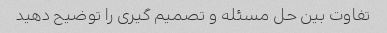
تفاوت بین حل مسئله و تصمیم گیری را توضیح دهید